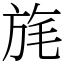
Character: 旄